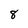
Character: 8